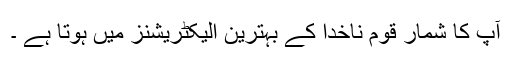
آپ کا شمار قوم ناخدا کے بہترین الیکٹریشنز میں ہوتا ہے ۔